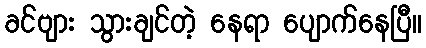
ခင်ဗျား သွားချင်တဲ့ နေရာ ပျောက်နေပြီ။